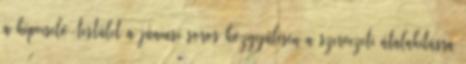
a képviselő-testület a júniusi soros közgyűlésén a szervezeti átalakításra